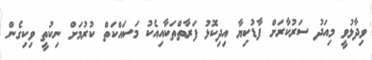
ވިދާޅުވީ މިއަދު ސަރުކާރަށް ފާޑުކިޔާ އިދިކޮޅު ފަރާތްތަކާއިއެކު މަަސައްކަތް ކުރުމަށް ނިކުތީ ވިކިގެން